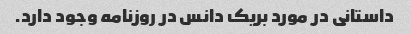
داستانی در مورد بریک دانس در روزنامه وجود دارد.